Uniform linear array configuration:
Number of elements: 4
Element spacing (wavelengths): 1
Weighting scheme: kaiser
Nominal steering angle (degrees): -45
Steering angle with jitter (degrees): -43.195
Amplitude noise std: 0.05
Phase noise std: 0.05

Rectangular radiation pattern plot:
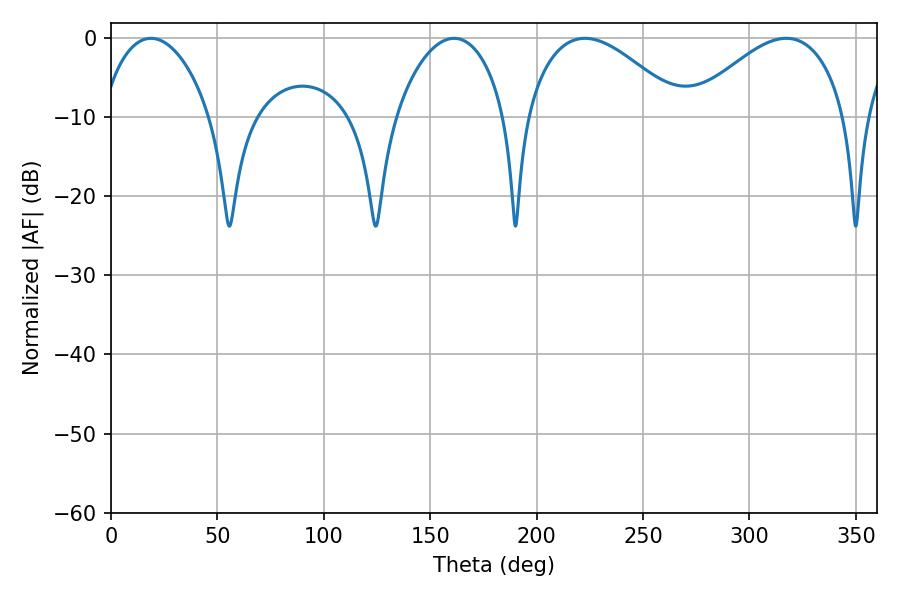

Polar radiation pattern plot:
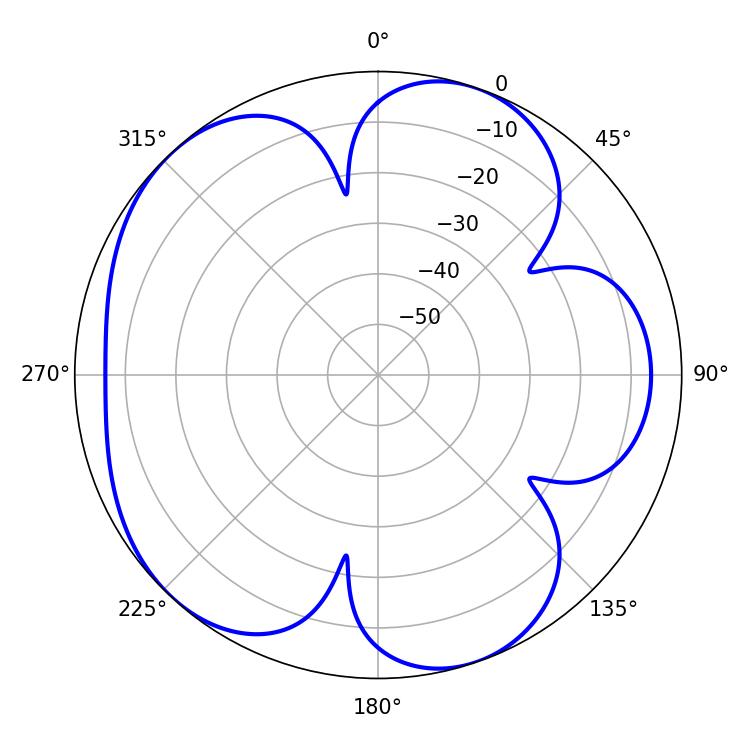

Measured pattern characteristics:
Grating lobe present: TRUE
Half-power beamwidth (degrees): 39.96
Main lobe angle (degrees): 222.66